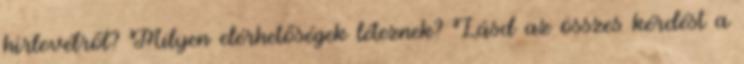
hírlevélről? Milyen elérhetőségek léteznek? Lásd az összes kérdést a